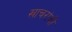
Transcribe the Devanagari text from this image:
खाचरांची